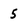
Character: 5